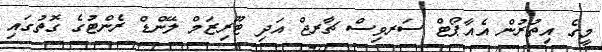
މީގެ އިތުރުން އެއާޕޯޓް ސަރވިސް ޗާރޖް އަދި ޓޫރިޒަމް ލޭންޑް ރެންޓުގެ ގޮތުގައި